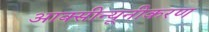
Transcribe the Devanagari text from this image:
आक्सीन्यूनीकरण